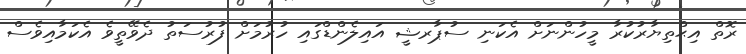
ރޮތް އިޙްތިޔާރުކުރާ މީހުންނަށް އެކަނި ސުޕާރޝީ އައިލެންޑްގައި ހުރުމަށް ފުރުސަތު ދެވޭތީވެ އެކަމާއިވެސް